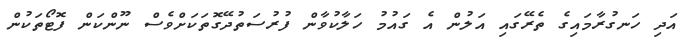
އަދި ހަނގުރާމައިގެ ތެރޭގައި އަލުން އެ ގައުމު ހަލާކުވާން ފުރުސަތުދޭގޮތަކަށްވެސް ނޫންކަން ފޮޓޯތަކުން